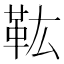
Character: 𩉦